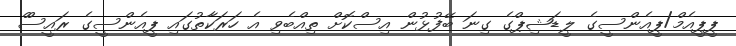
ޕީޕީއެމް/ޕީއެންސީގެ ލީޑަޝިޕްގެ ގިނަ ބޭފުޅުން އިސްކޮށް ތިއްބެވި އެ ހަރަކާތުގައި ޕީއެންސީގެ ރައީސްް